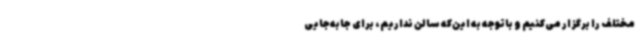
مختلف را برگزار می‌کنیم و باتوجه به این‌که سالن نداریم، برای جابه‌جایی